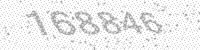
Solution: 168846